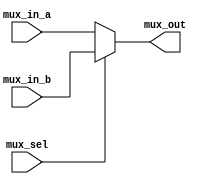
module mux4 (

	input			    [3:0]		mux_in_a ,
	input			    [3:0] 	mux_in_b ,
	input				 		      mux_sel  ,
	output reg	  [3:0]		mux_out   
  
);

	always @(*) //begin
		if (mux_sel) 
			mux_out = mux_in_b;
		else 
			mux_out = mux_in_a;
	//end
	
endmodule